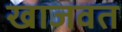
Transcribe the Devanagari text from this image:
खाजवत